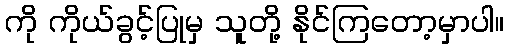
ကို ကိုယ်ခွင့်ပြုမှ သူတို့ နိုင်ကြတော့မှာပါ။